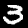
Digit: 3